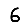
Digit: 6